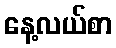
နေ့လယ်စာ